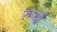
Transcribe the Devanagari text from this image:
रुप्यों